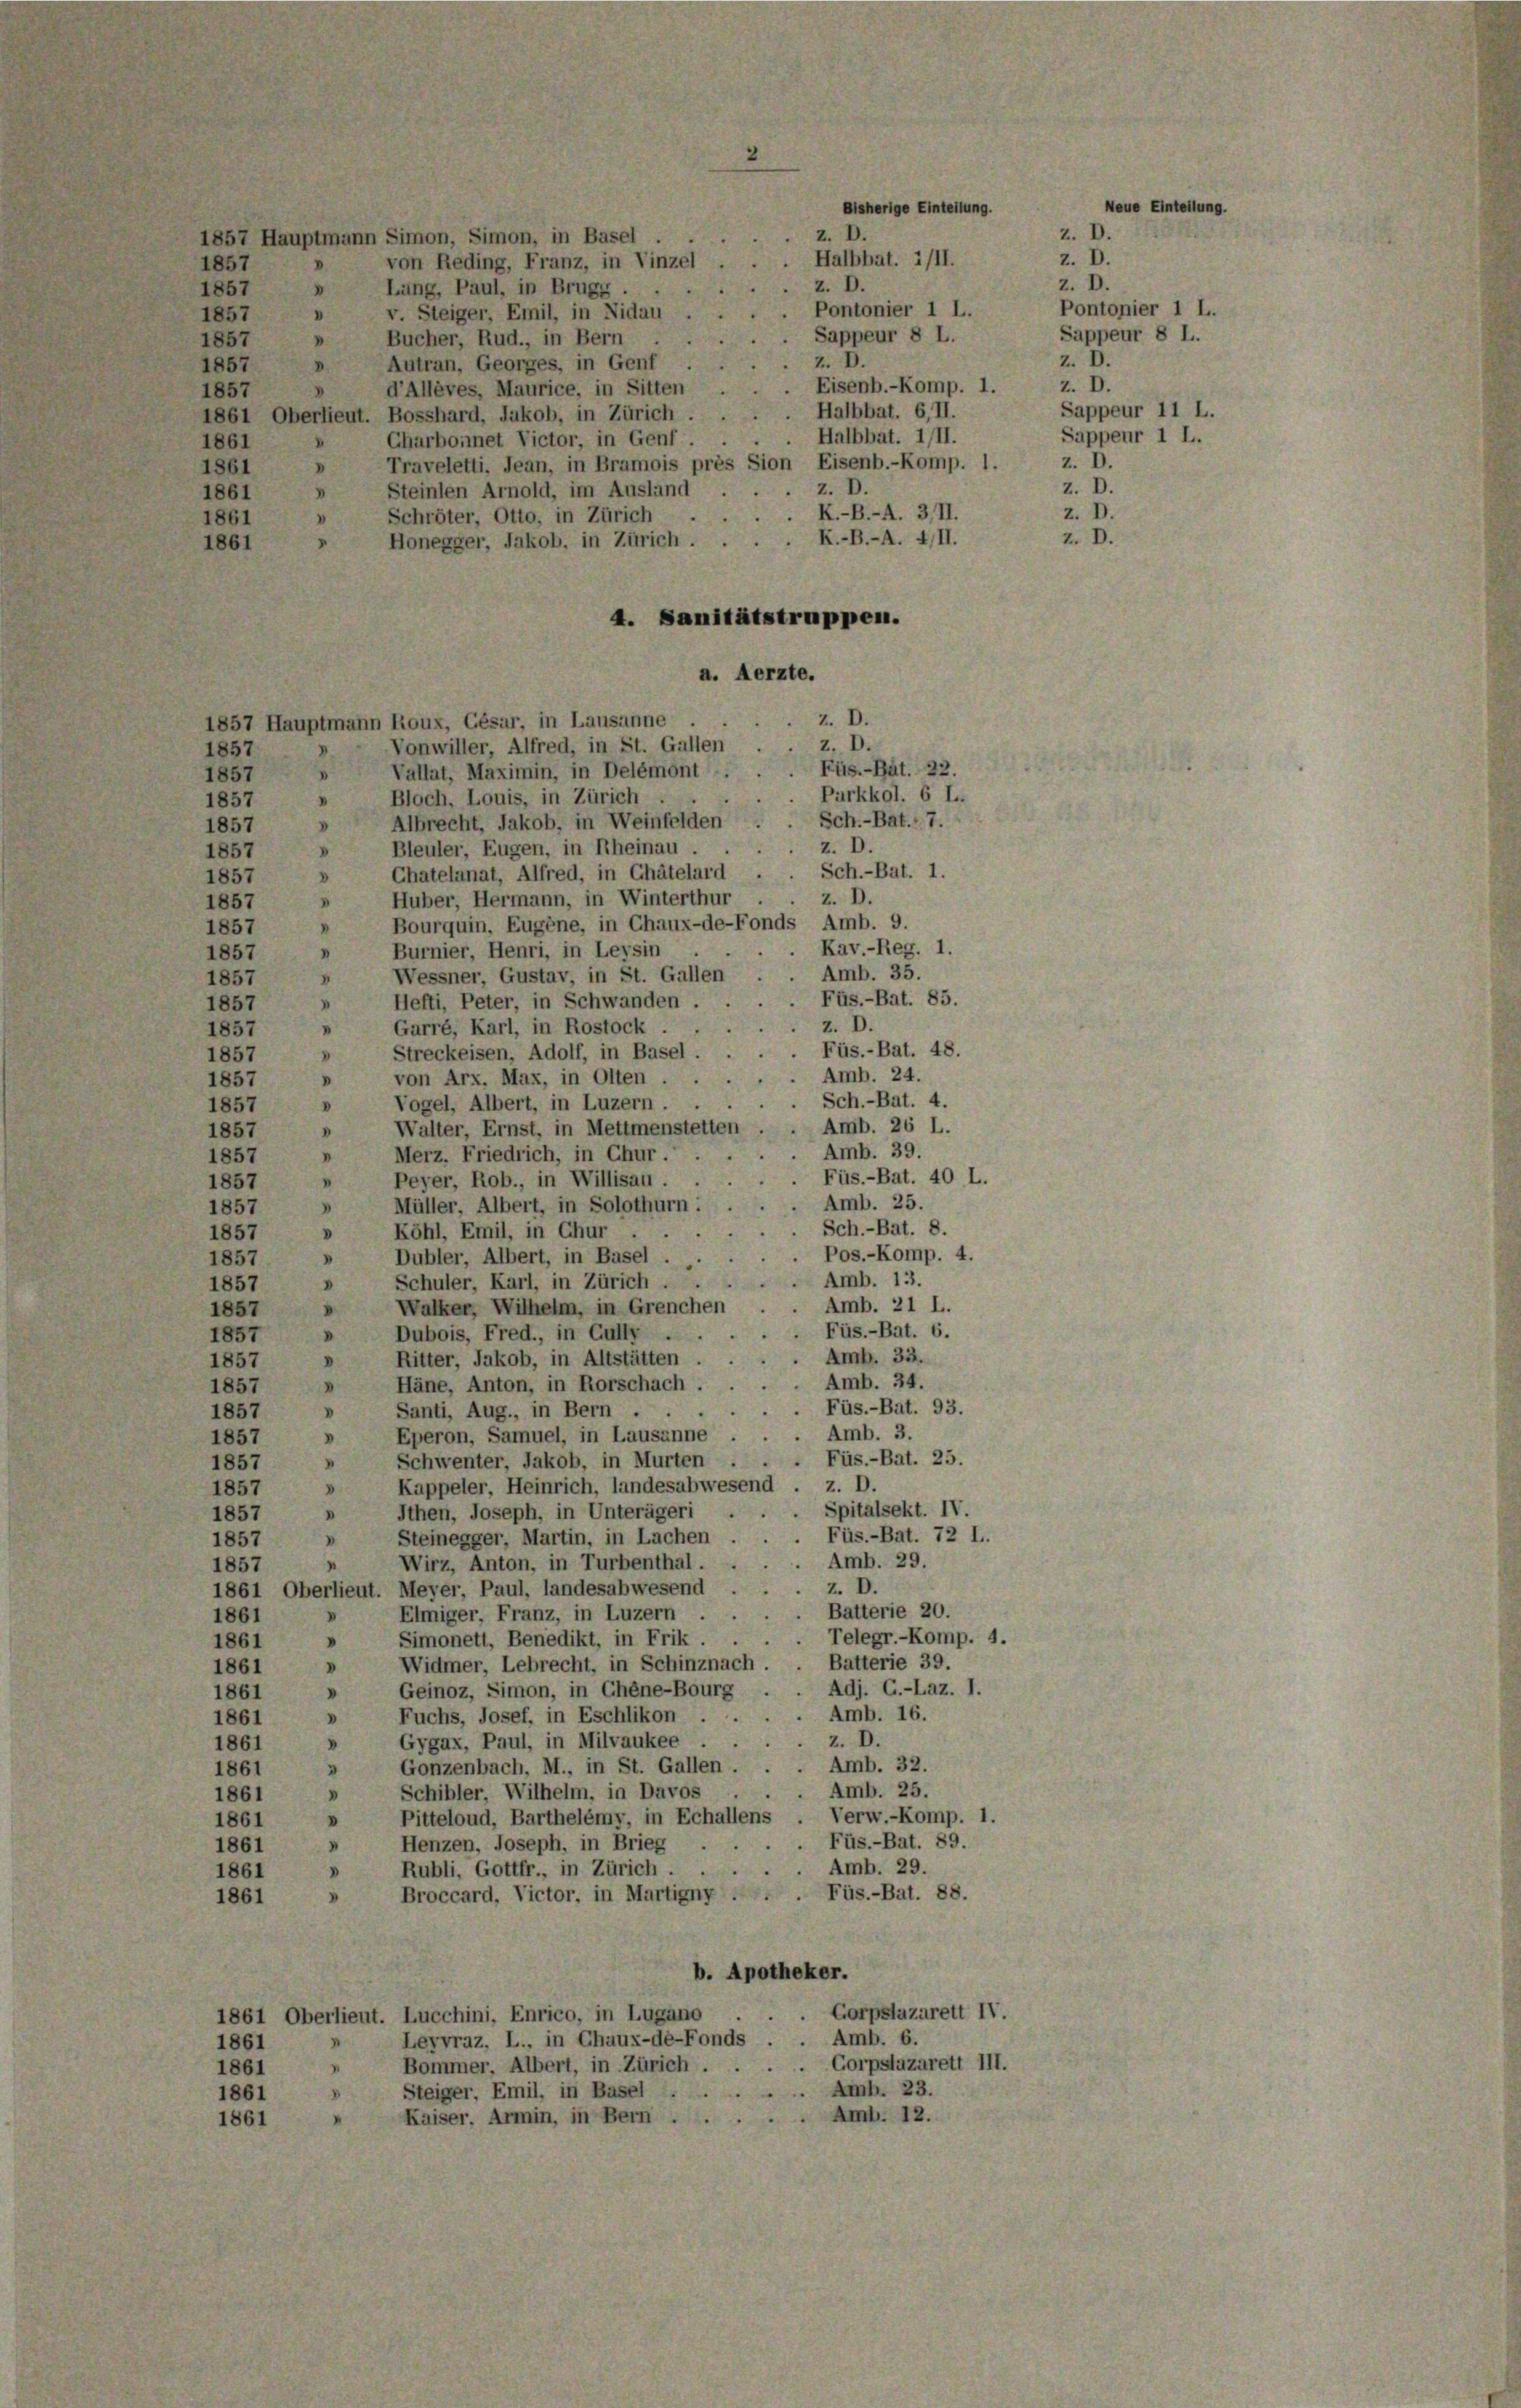
von Reding, Franz, in Vinzel
Lung, Paul, in Brugg.
v. Steiger, Emil, in Nidau
Bucher, Rud., in Bern
1857
.
Autran, Georges, in Genf
1857
V
Eisenb.-Komp. 1.
d’Allèves, Maurice, in Sitten
V
1857
Halbbat. 6, II.
1861 Oberlieut. Bosshard, Jakob, in Zürich ...
Halbbat. 1/II.
Charbonnet Victor, in Genf.
1861
» Traveletti, Jean, in Bramois près Sion Eisenb.-Komp. 1.
1861
z. D.
Steinlen Arnold, im Ausland
.
1861
Schröter, Otto, in Zürich .. ..  K.-B.-A. 311.
.
1861
K.-B.-A. 4/II.
Honegger, Jakob, in Zürich . .
1861
4. Sanitätstruppen.
a. Aerzte.
Z. D.
1857 Hauptmann Roux, Gésar, in Lausanne
Z. D.
Vonwiller, Alfred, in St. Gallen
1857
D
Füs.-Bat. 22.
 Vallat, Maximin, in Delémont.
1857
Purkkol. 6 L.
Bloch, Louis, in Zürich
1857
.
Sch.-Bat. 17.
 Albrecht, Jakob, in Weinfelden.
1857
z. D.
» Bleuler, Eugen, in Rheinau.
1857
Chatelanat, Alfred, in Chätelard . . Sch.-Bat. 1.
d
1857
z. D.
Huber, Hermann, in Winterthur.
1857
.
Bourquin, Eugene, in Chaux-de-Fonds Amb. 9.
.
1857
Kav.-Reg. 1.
Burnier, Henri, in Leysin
1857
.
Amb. 35.
Wessner, Gustav, in St. Gallen
V
1857
Füs.-Bat. 85.
Hefti, Peter, in Schwanden .
1857
.
z. D.
Garré, Karl, in Rostock .
n
1857
Füs.-Bat. 48.
Streckeisen, Adolf, in Basel.
V
1857
. Amb. 24.
von Arx, Max, in Olten .
V
1857
. Sch.-Bat. 4.
Vogel, Albert, in Luzern.
V
1857
Amb. 26 L.
Walter, Ernst, in Mettmenstetten
1857
.
Amb. 39.
Merz. Friedrich, in Chur.
.
1857
 Füs.-Bat. 40 L.
» Peyer, Rob., in Willisau.
1857
. Amb. 25.
Müller, Albert, in Solothurn.
1857
.
Sch.-Bat. 8.
Köhl, Emil, in Chur
.
1857
Pos.-Komp. 4.
3
Dubler, Albert, in Basel.
1857
.
Amb. 13.
Schuler, Karl, in Zürich . .
V
1857
Amb. 21 L.
Walker, Wilhelm, in Grenchen
V
1857
 Füs.-Bat. 6.
Dubois, Fred., in Gully . .
1857
"
Amb. 33.
Ritter, Jakob, in Altstätten
d
1857
Amb. 34.
Häne, Anton, in Rorschach.
1857
3
Füs.-Bat. 93.
Santi, Aug., in Bern ..
V
1857
Amb. 3.
Eperon, Samuel, in Lausanne.
.
1857
Schwenter, Jakob, in Murten . . . Füs.-Bat. 25.
1857
V
Kappeler, Heinrich, landesabwesend . z. D.
d
1857
Spitalsekt. IV.
Ithen, Joseph, in Unterägeri
5
1857
D
Füs.-Bat. 72 I..
Steinegger, Martin, in Lachen
D
1857
Amb. 29.
Wirz, Anton, in Turbenthal.
.
1857
Z. D.
1861 Oberlieut. Meyer, Paul, landesabwesend
Batterie 20.
Ehmiger, Franz, in Luzern.
1861
Telegr.-Komp. 4.
Simonett, Benedikt, in Frik.
"
1861
Batterie 39.
Widmer, Lebrecht, in Schinznach
V
1861
Adj. G.-Laz. I.
Geinoz, Simon, in Chene-Bourg
1861 »
Amb. 16.
3
Fuchs, Josef, in Eschlikon . .
1861
z. D.
Gygax, Paul, in Milvaukee .
1861
d
Amb. 32.
Gonzenbach, M., in St. Gallen.
1861
3
Amb. 25.
Schibler, Wilhelm, in Davos
1861
Verw.-Komp. 1.
Pitteloud, Barthelémy, in Echallens
.
1861
Füs.-Bat. 89.
Henzen, Joseph, in Brieg
V
1861
Amb. 29.
Rubli, Gottfr., in Zürich
1861
Füs.-Bat. 88.
Broccard, Victor, in Martigny .
V
1861
b. Apotheker.
 Gorpslazarett IV.
1861 Oberlieut. Lucchini, Enrico, in Lugano
Amb. 6.
Leyvraz, L., in Chaux-de-Fonds
1861
Corpslazarett III.
Bommer, Albert, in Zürich.
I
1861
Steiger, Emil, in Basel. Amb. 23.
1861
d
Amb. 12.
" Kaiser. Armin, in Bern ...
1861

1857 Hauptmann Simon, Simon, in Basel
1857
1857
4
V
1857

z. D.
Halbbat. i/II.
z. D.
Pontonier 1 L.
Sappeur 8 L.
z. D.

bisherige Einteilung.

z. D.

E

7
Z. D.
z. D.
z. D.
Pontonier 1 L.
Sappeur 8 L.
Z. D.
z. D.
Sappeur 11 L.
Sappeur 1 L.
z. D.
z. D.
z. D.